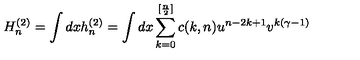
H _ { n } ^ { ( 2 ) } = \int d x h _ { n } ^ { ( 2 ) } = \int d x \sum _ { k = 0 } ^ { [ { \frac { n } { 2 } } ] } c ( k , n ) u ^ { n - 2 k + 1 } v ^ { k ( \gamma - 1 ) }